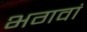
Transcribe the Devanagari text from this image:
भगवां